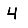
Digit: 4